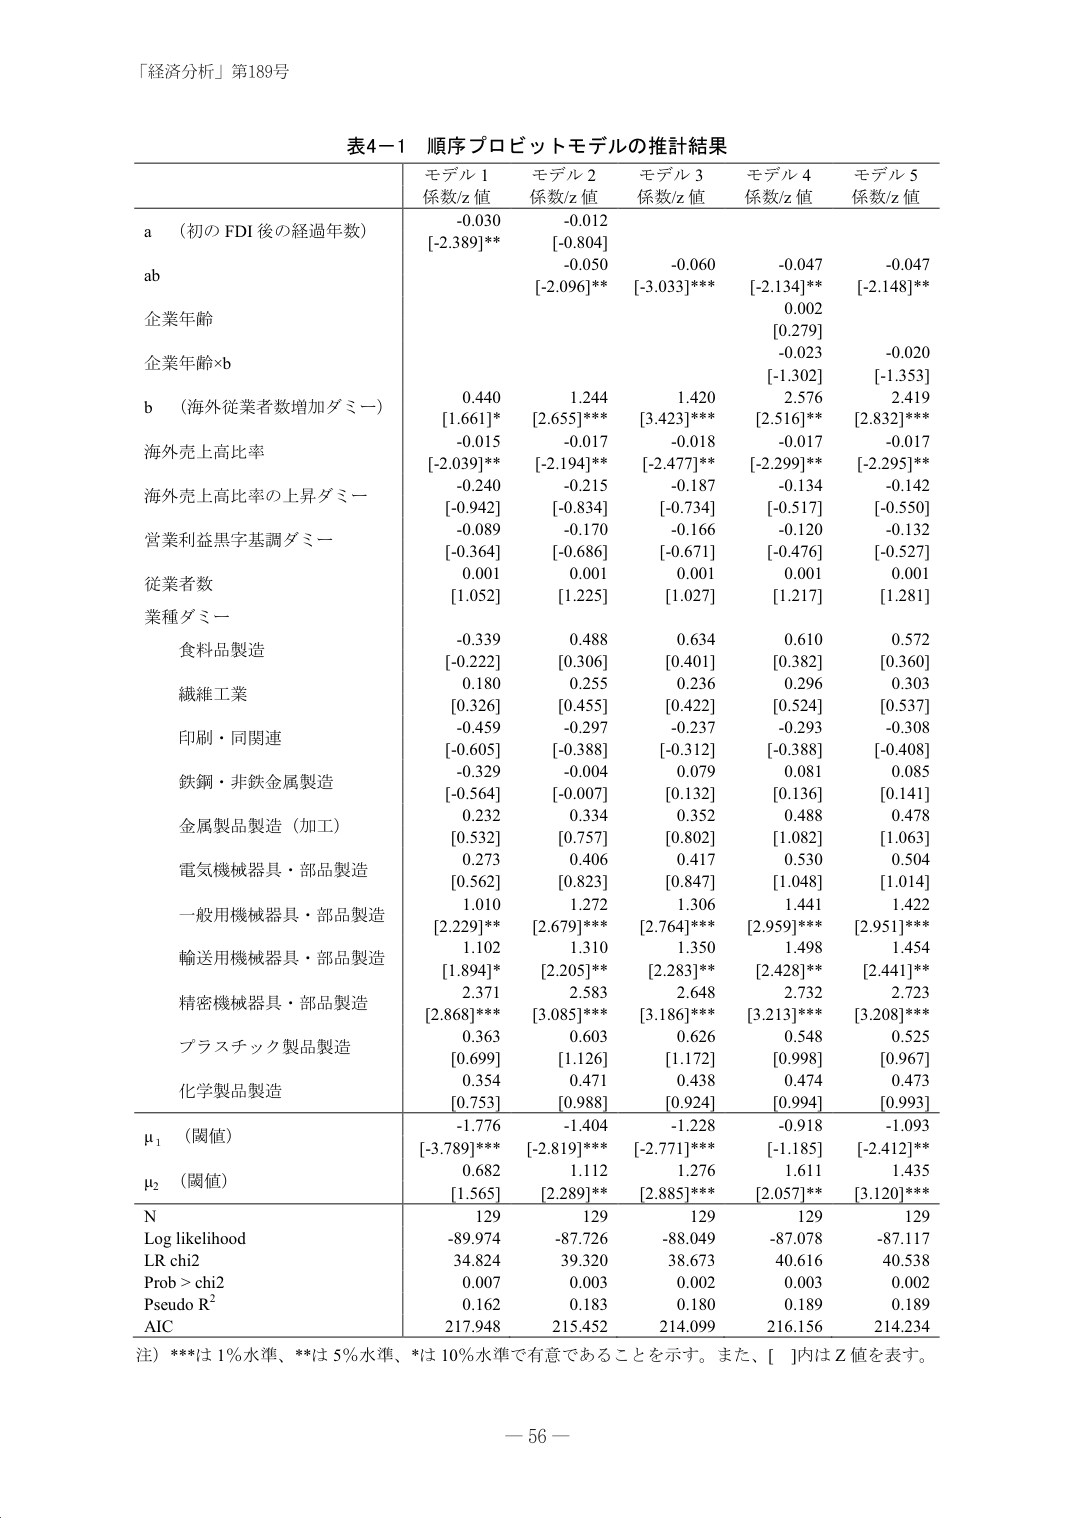
「経済分析」第189号

表4-1 順序プロビットモデルの推計結果

モデル 1 係数/z 値
モデル 2 係数/z 値
モデル 3 係数/z 値
モデル 4 係数/z 値
モデル 5 係数/z 値

a （初の FDI 後の経過年数）
-0.030
[-2.389]**
-0.012
[-0.804]

ab
-0.050
[-2.096]**
-0.060
[-3.033]***
-0.047
[-2.134]**
-0.047
[-2.148]**

企業年齢
0.002
[0.279]

企業年齢×b
-0.023
[-1.302]
-0.020
[-1.353]

b （海外従業者数増加ダミー）
0.440
[1.661]*
1.244
[2.655]***
1.420
[3.423]***
2.576
[2.516]**
2.419
[2.832]***

海外売上高比率
-0.015
[-2.039]**
-0.017
[-2.194]**
-0.018
[-2.477]**
-0.017
[-2.299]**
-0.017
[-2.295]**

海外売上高比率の上昇ダミー
-0.240
[-0.942]
-0.215
[-0.834]
-0.187
[-0.734]
-0.134
[-0.517]
-0.142
[-0.550]

営業利益黒字基調ダミー
-0.089
[-0.364]
-0.170
[-0.686]
-0.166
[-0.671]
-0.120
[-0.476]
-0.132
[-0.527]

従業者数
0.001
[1.052]
0.001
[1.225]
0.001
[1.027]
0.001
[1.217]
0.001
[1.281]

業種ダミー

食料品製造
-0.339
[-0.222]
0.488
[0.306]
0.634
[0.401]
0.610
[0.382]
0.572
[0.360]

繊維工業
0.180
[0.326]
0.255
[0.455]
0.236
[0.422]
0.296
[0.524]
0.303
[0.537]

印刷・同関連
-0.459
[-0.605]
-0.297
[-0.388]
-0.237
[-0.312]
-0.293
[-0.388]
-0.308
[-0.408]

鉄鋼・非鉄金属製造
-0.329
[-0.564]
-0.004
[-0.007]
0.079
[0.132]
0.081
[0.136]
0.085
[0.141]

金属製品製造（加工）
0.232
[0.532]
0.334
[0.757]
0.352
[0.802]
0.488
[1.082]
0.478
[1.063]

電気機械器具・部品製造
0.273
[0.562]
0.406
[0.847]
0.417
[0.847]
0.530
[1.048]
0.504
[1.014]

一般用機械器具・部品製造
1.010
[2.229]**
1.272
[2.679]***
1.306
[2.764]***
1.441
[2.959]***
1.422
[2.951]***

輸送用機械器具・部品製造
1.102
[1.894]*
1.310
[2.205]**
1.350
[2.283]**
1.498
[2.428]**
1.454
[2.441]**

精密機械器具・部品製造
2.371
[2.868]***
2.583
[3.085]***
2.648
[3.186]***
2.732
[3.213]***
2.723
[3.208]***

プラスチック製品製造
0.363
[0.699]
0.603
[1.126]
0.626
[1.172]
0.548
[0.998]
0.525
[0.967]

化学製品製造
0.354
[0.753]
0.471
[0.988]
0.438
[0.924]
0.474
[0.994]
0.473
[0.993]

μ₁ （閾値）
-1.776
[-3.789]***
-1.404
[-2.819]***
-1.228
[-2.771]***
-0.918
[-1.185]
-1.093
[-2.412]**

μ₂ （閾値）
0.682
[1.565]
1.112
[2.289]**
1.276
[2.885]***
1.611
[2.057]**
1.435
[3.120]***

N
129
129
129
129
129

Log likelihood
-89.974
-87.726
-88.049
-87.078
-87.117

LR chi2
34.824
39.320
38.673
40.616
40.538

Prob > chi2
0.007
0.003
0.002
0.003
0.002

Pseudo R²
0.162
0.183
0.180
0.189
0.189

AIC
217.948
215.452
214.099
216.156
214.234

注）***は1％水準、**は5％水準、*は10％水準で有意であることを示す。また、[ ]内はZ値を表す。

－ 56 －